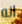
انه